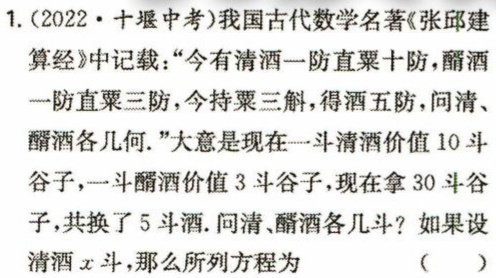
1.(2022·十堰中考)我国古代数学名著《张邱建算经》中记载：“今有清酒一防直粟十防，醑酒一防直粟三防，今持粟三斛，得酒五防，问清、醑酒各几何.”大意是现在一斗清酒价值10斗谷子，一斗醑酒价值3斗谷子，现在拿30斗谷子，共换了5斗酒.问清、醑酒各几斗？如果设清酒\(x\)斗，那么所列方程为 （  ）